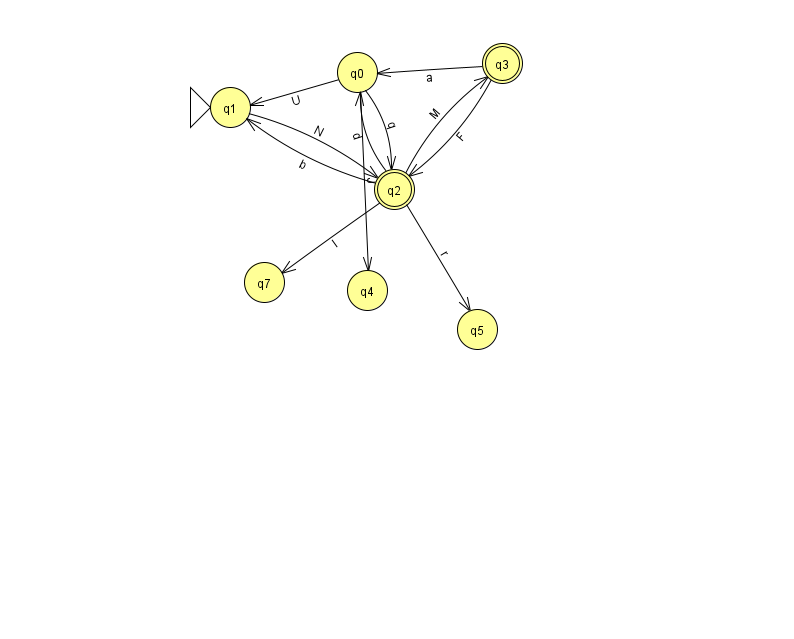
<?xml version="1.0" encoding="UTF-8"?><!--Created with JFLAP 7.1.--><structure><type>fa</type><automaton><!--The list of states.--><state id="0" name="q0"><x>357.0</x><y>59.0</y></state><state id="1" name="q1"><x>230.0</x><y>94.0</y><initial/></state><state id="2" name="q2"><x>394.0</x><y>176.0</y><final/></state><state id="3" name="q3"><x>502.0</x><y>50.0</y><final/></state><state id="4" name="q4"><x>367.0</x><y>277.0</y></state><state id="5" name="q5"><x>477.0</x><y>316.0</y></state><state id="7" name="q7"><x>264.0</x><y>269.0</y></state><!--The list of transitions.--><transition><from>3</from><to>0</to><read>a</read></transition><transition><from>0</from><to>1</to><read>U</read></transition><transition><from>2</from><to>3</to><read>M</read></transition><transition><from>1</from><to>2</to><read>N</read></transition><transition><from>2</from><to>5</to><read>r</read></transition><transition><from>3</from><to>2</to><read>F</read></transition><transition><from>0</from><to>4</to><read>J</read></transition><transition><from>2</from><to>0</to><read>d</read></transition><transition><from>2</from><to>1</to><read>b</read></transition><transition><from>2</from><to>7</to><read>I</read></transition><transition><from>0</from><to>2</to><read>q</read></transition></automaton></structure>